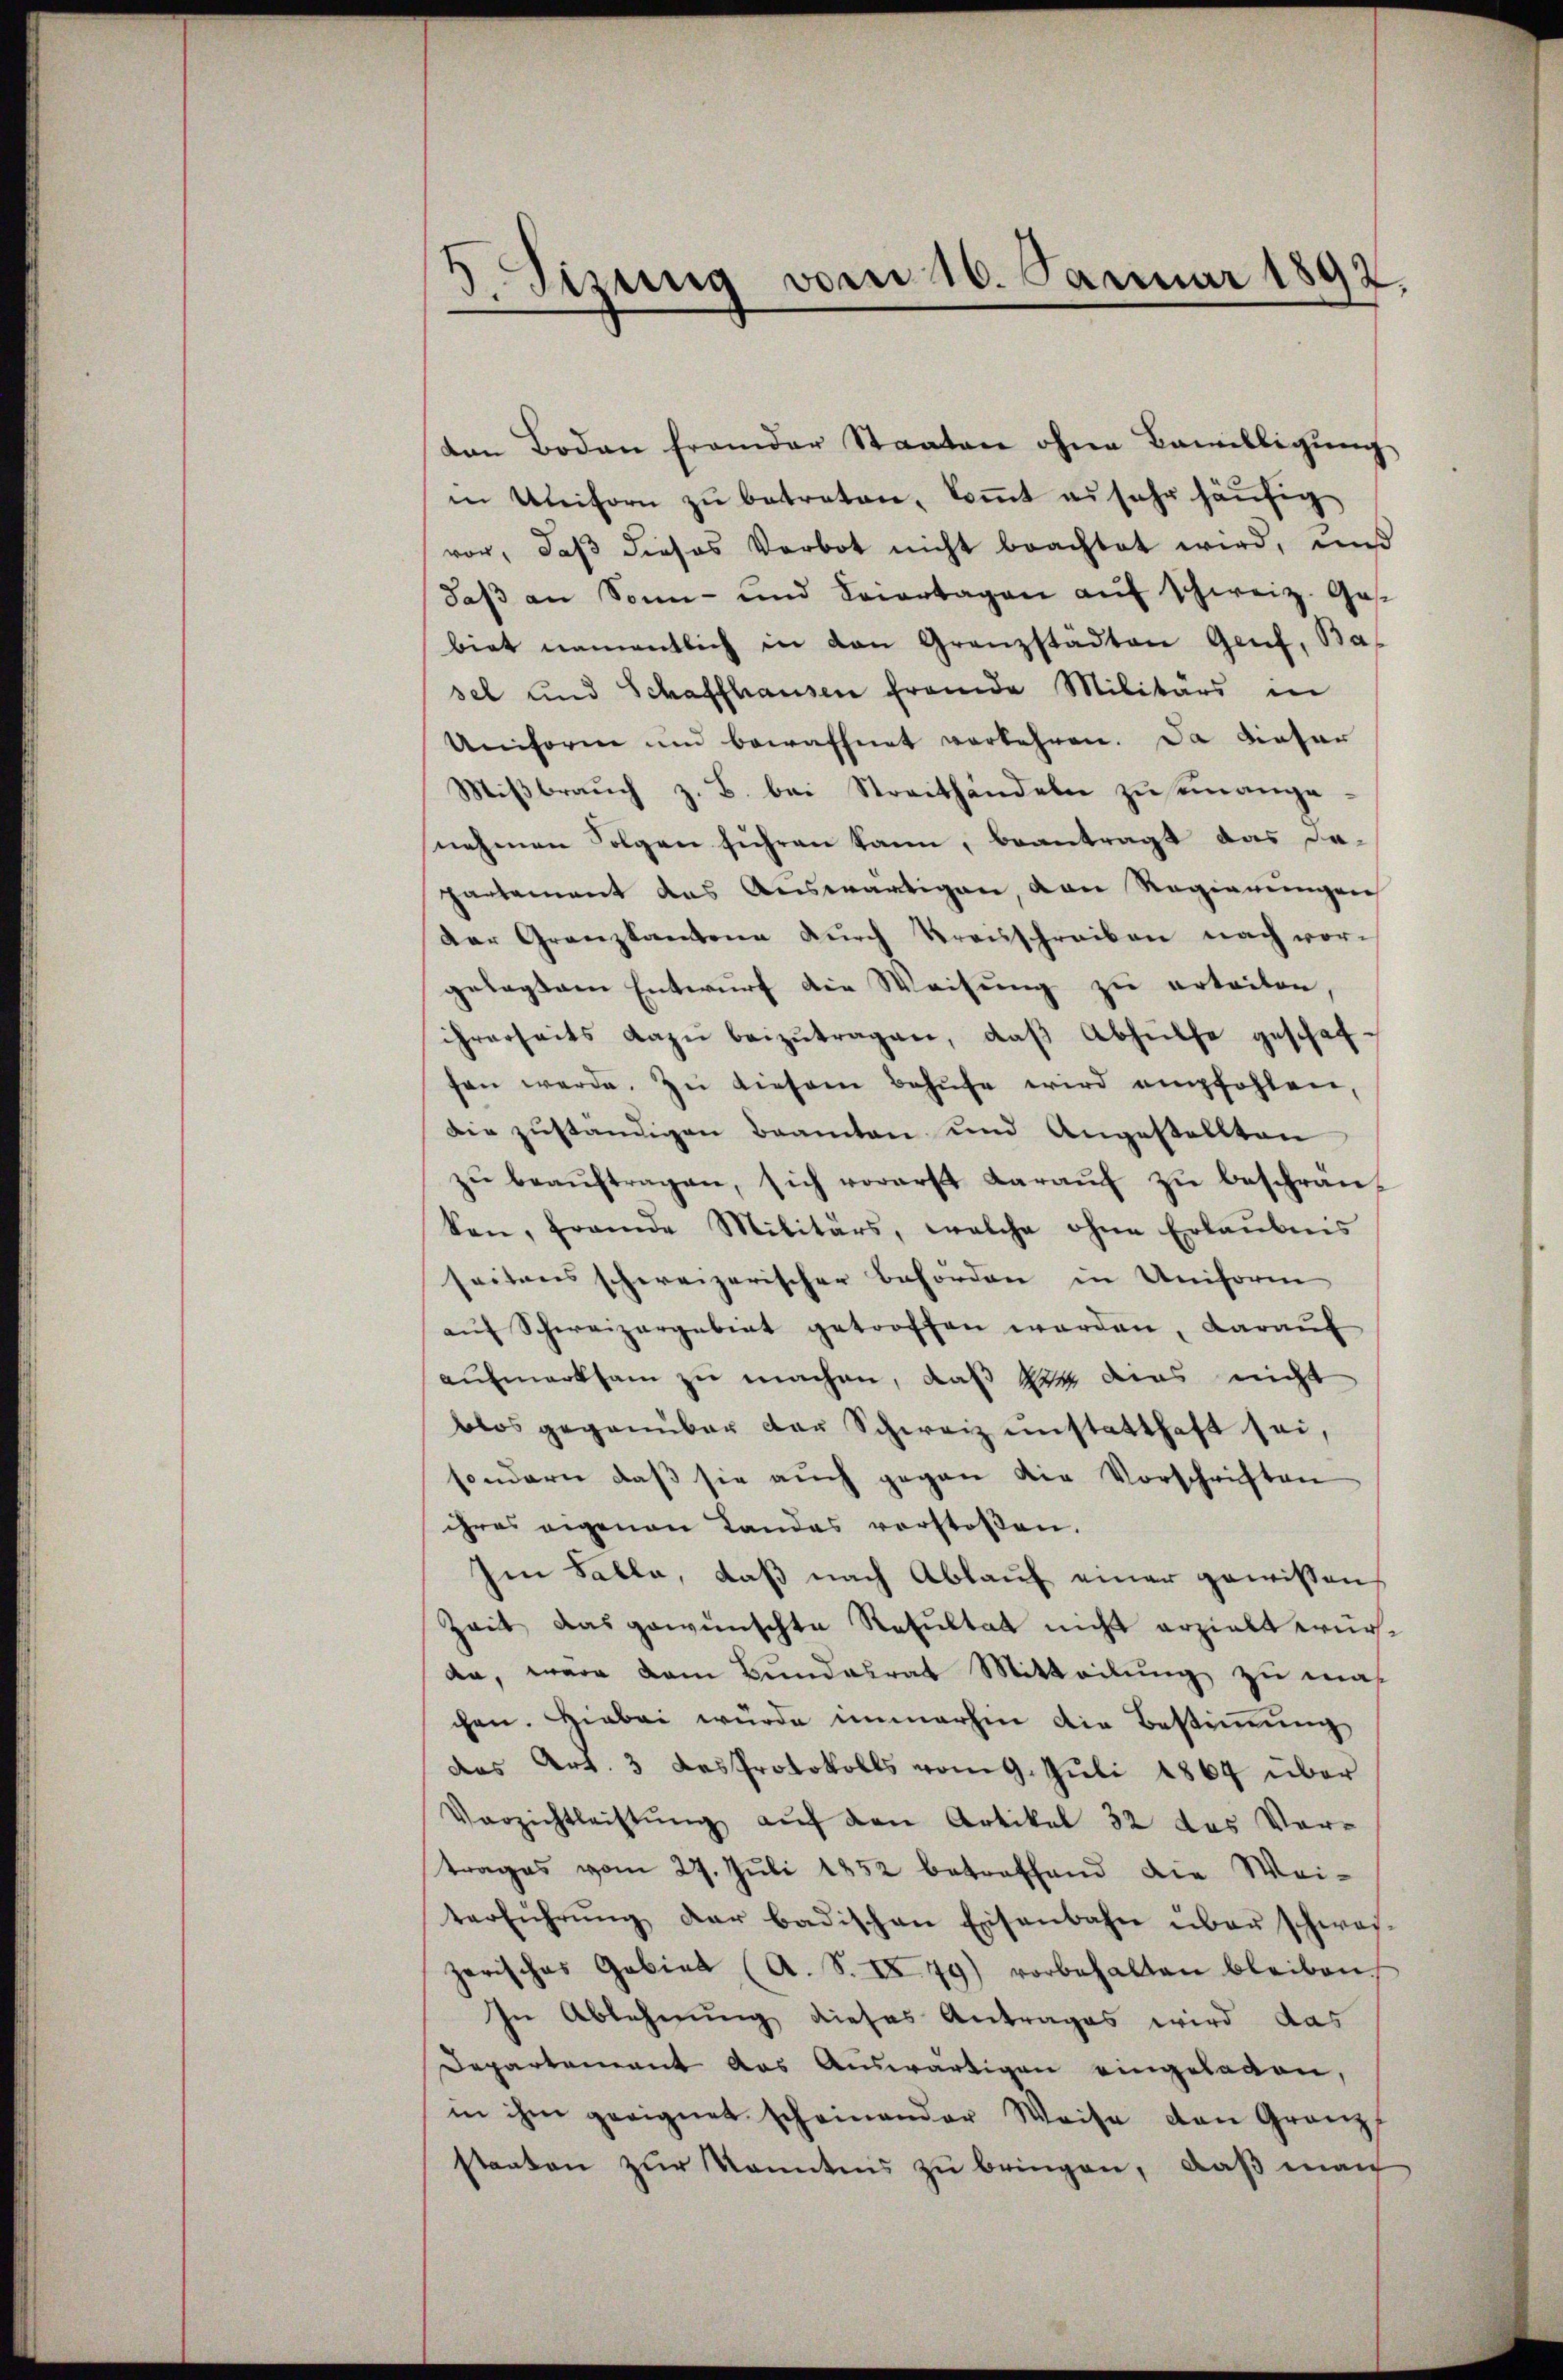
E
esizung vom 16. Januar 1892.

ton Boden frander Staaten ohne Bewilligŭng
in Uniforn zŭ betreten, koṁt es sehr häufig
vor, daβ dieses Verbot nicht brachtet wird, und
daβ an Sonn- und Feiertagen aŭf Schweiz. Ges
biet namentlich in den Granzstädten Genf, Bas
sel und Schaffhausen fremde Militärs in
Uniform und bewaffnet verkehren. Da dieser
Mißbrauch z. B. bei Streithandeln zu seinangenehmen Folgen führen kann, beantragt das da-
partement das Auswärtigen, von Regierungen
Der Granzkantone durch Kreisschreiben nach vorgelegtem Entwurf die Weisung zu erteilen,
ihrerheits dazŭ beizŭtragen, daβ Abhülfe geschaf-
fen werde. Zu diesem Behufe wird empfohlen,
Die zuständigen Beamten und Angestellten
zŭ beaŭftragen, sich vorerst daraŭf zŭ beschrän-
ken, frande Militärs, welche ohne Erlaubnis
seitens schweizerischer Behörden in Uniform
aŭf Schweizergebiet getroffen werden, daraŭf
aufmerksam zu machen, daß sitz dies nicht
blos gegenüber der Schweiz unstatthaft sei,
sondern daβ sie aŭch gegen die Vorschriften
ihres eigenen Landas vorstoßen.
Im Falle, daß nach Ablauf einer gewissen,
Zeit das gewünschte Resultat nicht erzielt wuran, wäre dem Bundesrat Mitteilung zu ma
chen. Hiebei würde immerhin die Bestimmung
das Art. 3 das Protokolls vom 9. Juli 1864 über
Verzichtleistŭng aŭf den Artikel 32 das Ver-
trages vom 27. Jŭli 1852 betreffend die Wei-
terführŭng der badischen Eisenbahn über schwas-
zerisches Gebiet (A. S. IX. 79) vorbehalten bleiben
In Ablehnung dieses Antrages wird das
Departement das Auswärtigen eingelagen,
in ihm geeignet scheinender Weise den Granz
stanten zur Kenntnis zu bringen, daß man